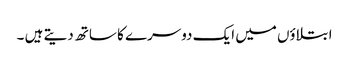
ابتلاؤں میں ایک دوسرے کا ساتھ دیتے ہیں ۔